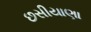
છસીયાણા